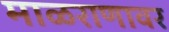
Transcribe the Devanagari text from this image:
माळराणावर